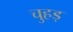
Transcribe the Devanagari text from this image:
चुहड़